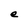
Character: e